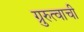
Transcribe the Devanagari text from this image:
ग्रुरुत्वाची